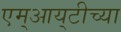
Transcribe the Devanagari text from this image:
एम्‌आय्‌टीच्या